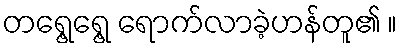
တရွေ့ရွေ့ ရောက်လာခဲ့ဟန်တူ၏ ။